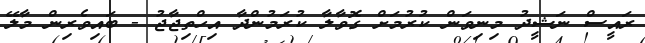
ރައީސް ނަޝީދު މިނިވަން ކުރުމަށް ގޮވާލާ ކުރަމުންދާ އިހްތިޖާޖު - ބައިވެރިން މާލޭ